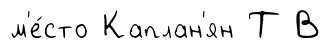
м'е́сто Каплан'ян Т В